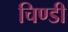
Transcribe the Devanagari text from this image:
चिण्डी